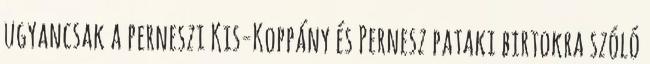
ugyancsak a perneszi Kis-Koppány és Pernesz pataki birtokra szóló